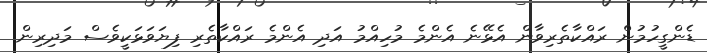
ޑެންގީހުމުން ރައްކާތެރިވާން އެޅޭނެ އެންމެ މުހިއްމު އަދި އެންމެ ރައްކާތެރި ފިޔަވަޅަކީވެސް މަދިރިން